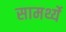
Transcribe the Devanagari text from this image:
सामर्थ्ये